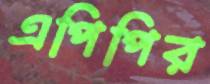
এপিপির